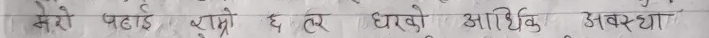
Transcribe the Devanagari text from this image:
मेरो पढाई राम्रो छ त घरको आर्थिक अवस्था